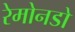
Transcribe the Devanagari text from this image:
रेमोनडो